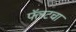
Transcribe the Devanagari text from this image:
फ्लॅटचा